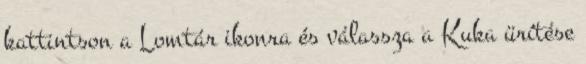
kattintson a Lomtár ikonra és válassza a Kuka ürítése